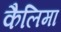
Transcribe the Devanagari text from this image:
कैलिमा